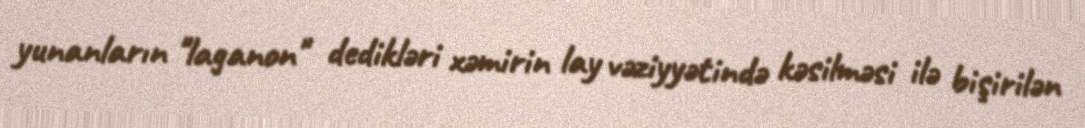
yunanların "laganon" dedikləri xəmirin lay vəziyyətində kəsilməsi ilə bişirilən